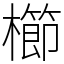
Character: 櫛